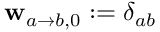
\mathbf { w } _ { a \rightarrow b , 0 } : = \delta _ { a b }